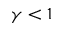
\gamma < 1